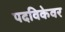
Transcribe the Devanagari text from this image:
पदविकेवर